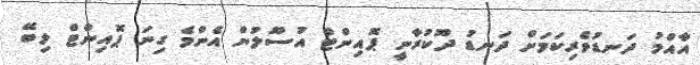
އާއްމު ދަނޑުވެރިކަމަށް ދަނޑު ދޫކުރާނީ ޕޮއިންޓް އުސޫލުން އެންމެ ގިނަ ޕޮއިންޓް ލިބޭ